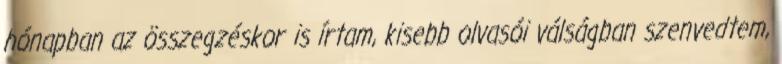
hónapban az összegzéskor is írtam, kisebb olvasói válságban szenvedtem,